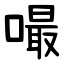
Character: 嘬